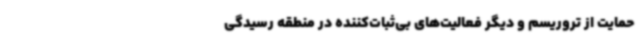
حمایت از تروریسم و دیگر فعالیت‌های بی‌ثبات‌کننده در منطقه رسیدگی